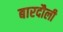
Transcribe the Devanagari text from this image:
बारदौली